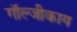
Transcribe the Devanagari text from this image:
गॉल्जीकाय